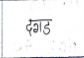
मजकूर: दगड